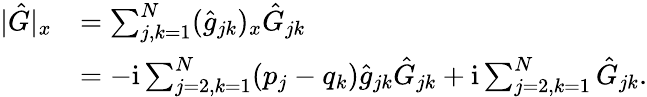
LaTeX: \begin{array}{rl}{|\hat{G}|_{x}}&{=\sum_{j,k=1}^{N}(\hat{g}_{jk})_{x}\hat{G}_{jk}}\\ &{=-\mathrm{i}\sum_{j=2,k=1}^{N}(p_{j}-q_{k})\hat{g}_{jk}\hat{G}_{jk}+\mathrm{i}\sum_{j=2,k=1}^{N}\hat{G}_{jk}.}\end{array}